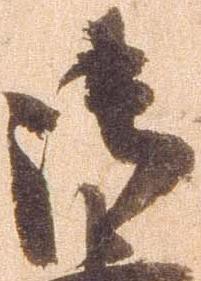
御